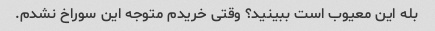
بله این معیوب است ببینید؟ وقتی خریدم متوجه این سوراخ نشدم.